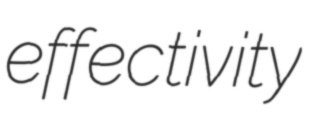
effectivity